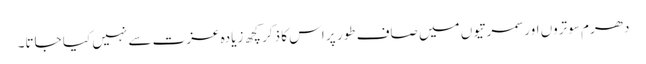
دھرم سوتروں اور سمرتیوں میں صاف طور پر اس کا ذکر کچھ زیادہ عزت سے نہیں کیا جاتا۔